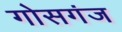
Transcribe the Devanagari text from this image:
गोसगंज